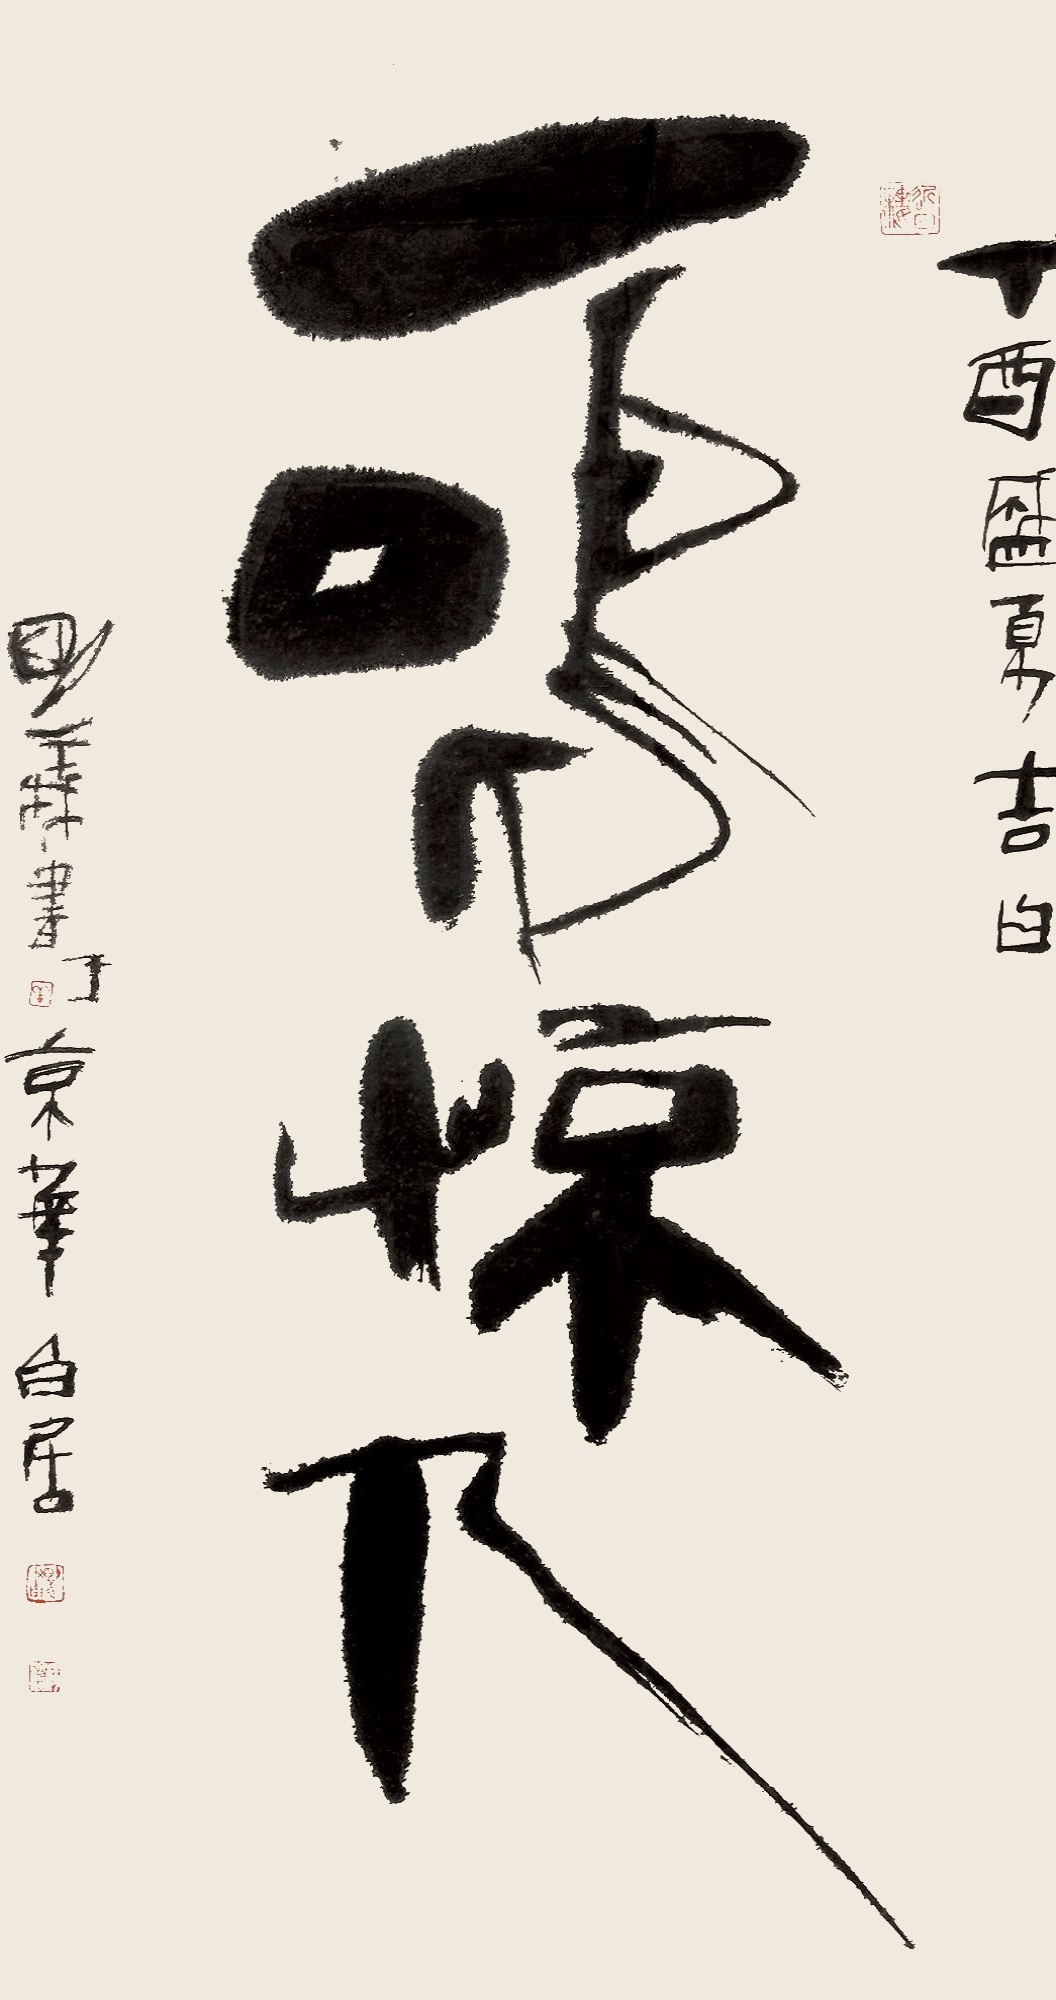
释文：一鸣惊人。丁酉盛夏吉日，明义书于京华白居。